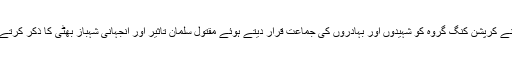
وہ اپنے کرپشن کنگ گروہ کو شہیدوں اور بہادروں کی جماعت قرار دیتے ہوئے مقتول سلمان تاثیر اور انجہانی شہباز بھٹی کا ذکر کرتے ہیں۔